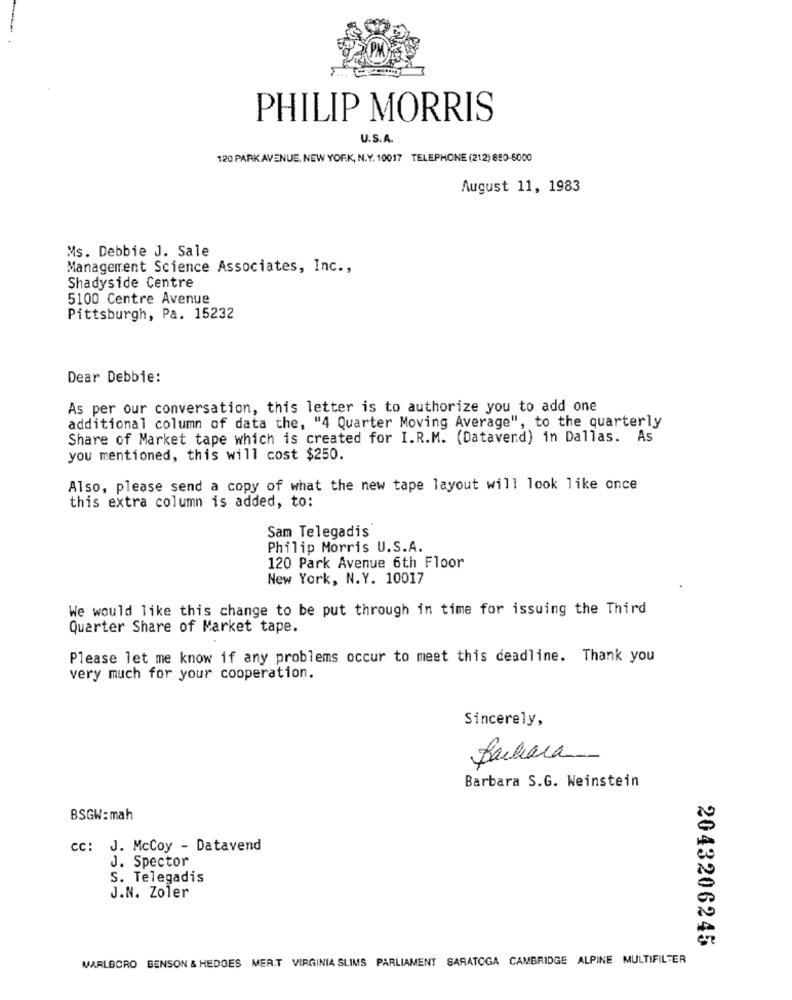
PHILIP MORRIS
U.S.A.
120 PARK AVENUE, NEW YORK, N.Y. 10017 TELEPHONE (212) 880-6000
August 11, 1983
Ms. Debbie J. Sale
Management Science Associates, Inc .,
Shadyside Centre
5100 Centre Avenue
Pittsburgh, Pa. 15232
Dear Debbie:
As per our conversation, this letter is to authorize you to add one
additional column of data the, "4 Quarter Moving Average", to the quarterly
Share of Market tape which is created for I.R.M. (Datavend) in Dallas. As
you mentioned, this will cost $250.
Also, please send a copy of what the new tape layout will look like once
this extra column is added, to:
Sam Telegadis
Philip Morris U.S.A.
120 Park Avenue 6th Floor
New York, N.Y. 10017
We would like this change to be put through in time for issuing the Third
Quarter Share of Market tape.
Please let me know if any problems occur to meet this deadline. Thank you
very much for your cooperation.
Sincerely,
Barbara
Barbara S.G. Weinstein
BSGW: mah
cc: J. McCoy - Datavend
J. Spector
S. Telegadis
J.N. Zoler
2043206245
MARLBORO BENSON & HEDGES MERT VIRGINIA SLIMS PARLIAMENT SARATOGA CAMBRIDGE ALPINE MULTIFILTER